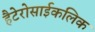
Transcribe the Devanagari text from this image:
हैटेरोसाईकलिक